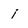
Character: i